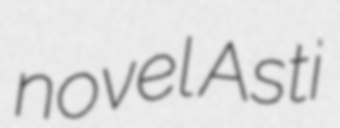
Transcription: novel Asti